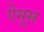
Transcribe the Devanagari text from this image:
ऐमूस